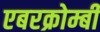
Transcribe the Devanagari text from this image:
एबरक्रोम्बी